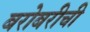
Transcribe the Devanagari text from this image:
बरोबरीची